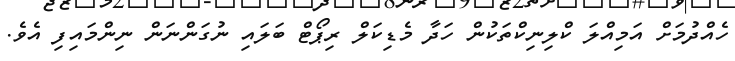
ހެއްދުމަށް އަމިއްލަ ކްލިނިކްތަކުން ހަދާ މެޑިކަލް ރިޕޯޓް ބަލައި ނުގަންނަން ނިންމައިފި އެވެ.